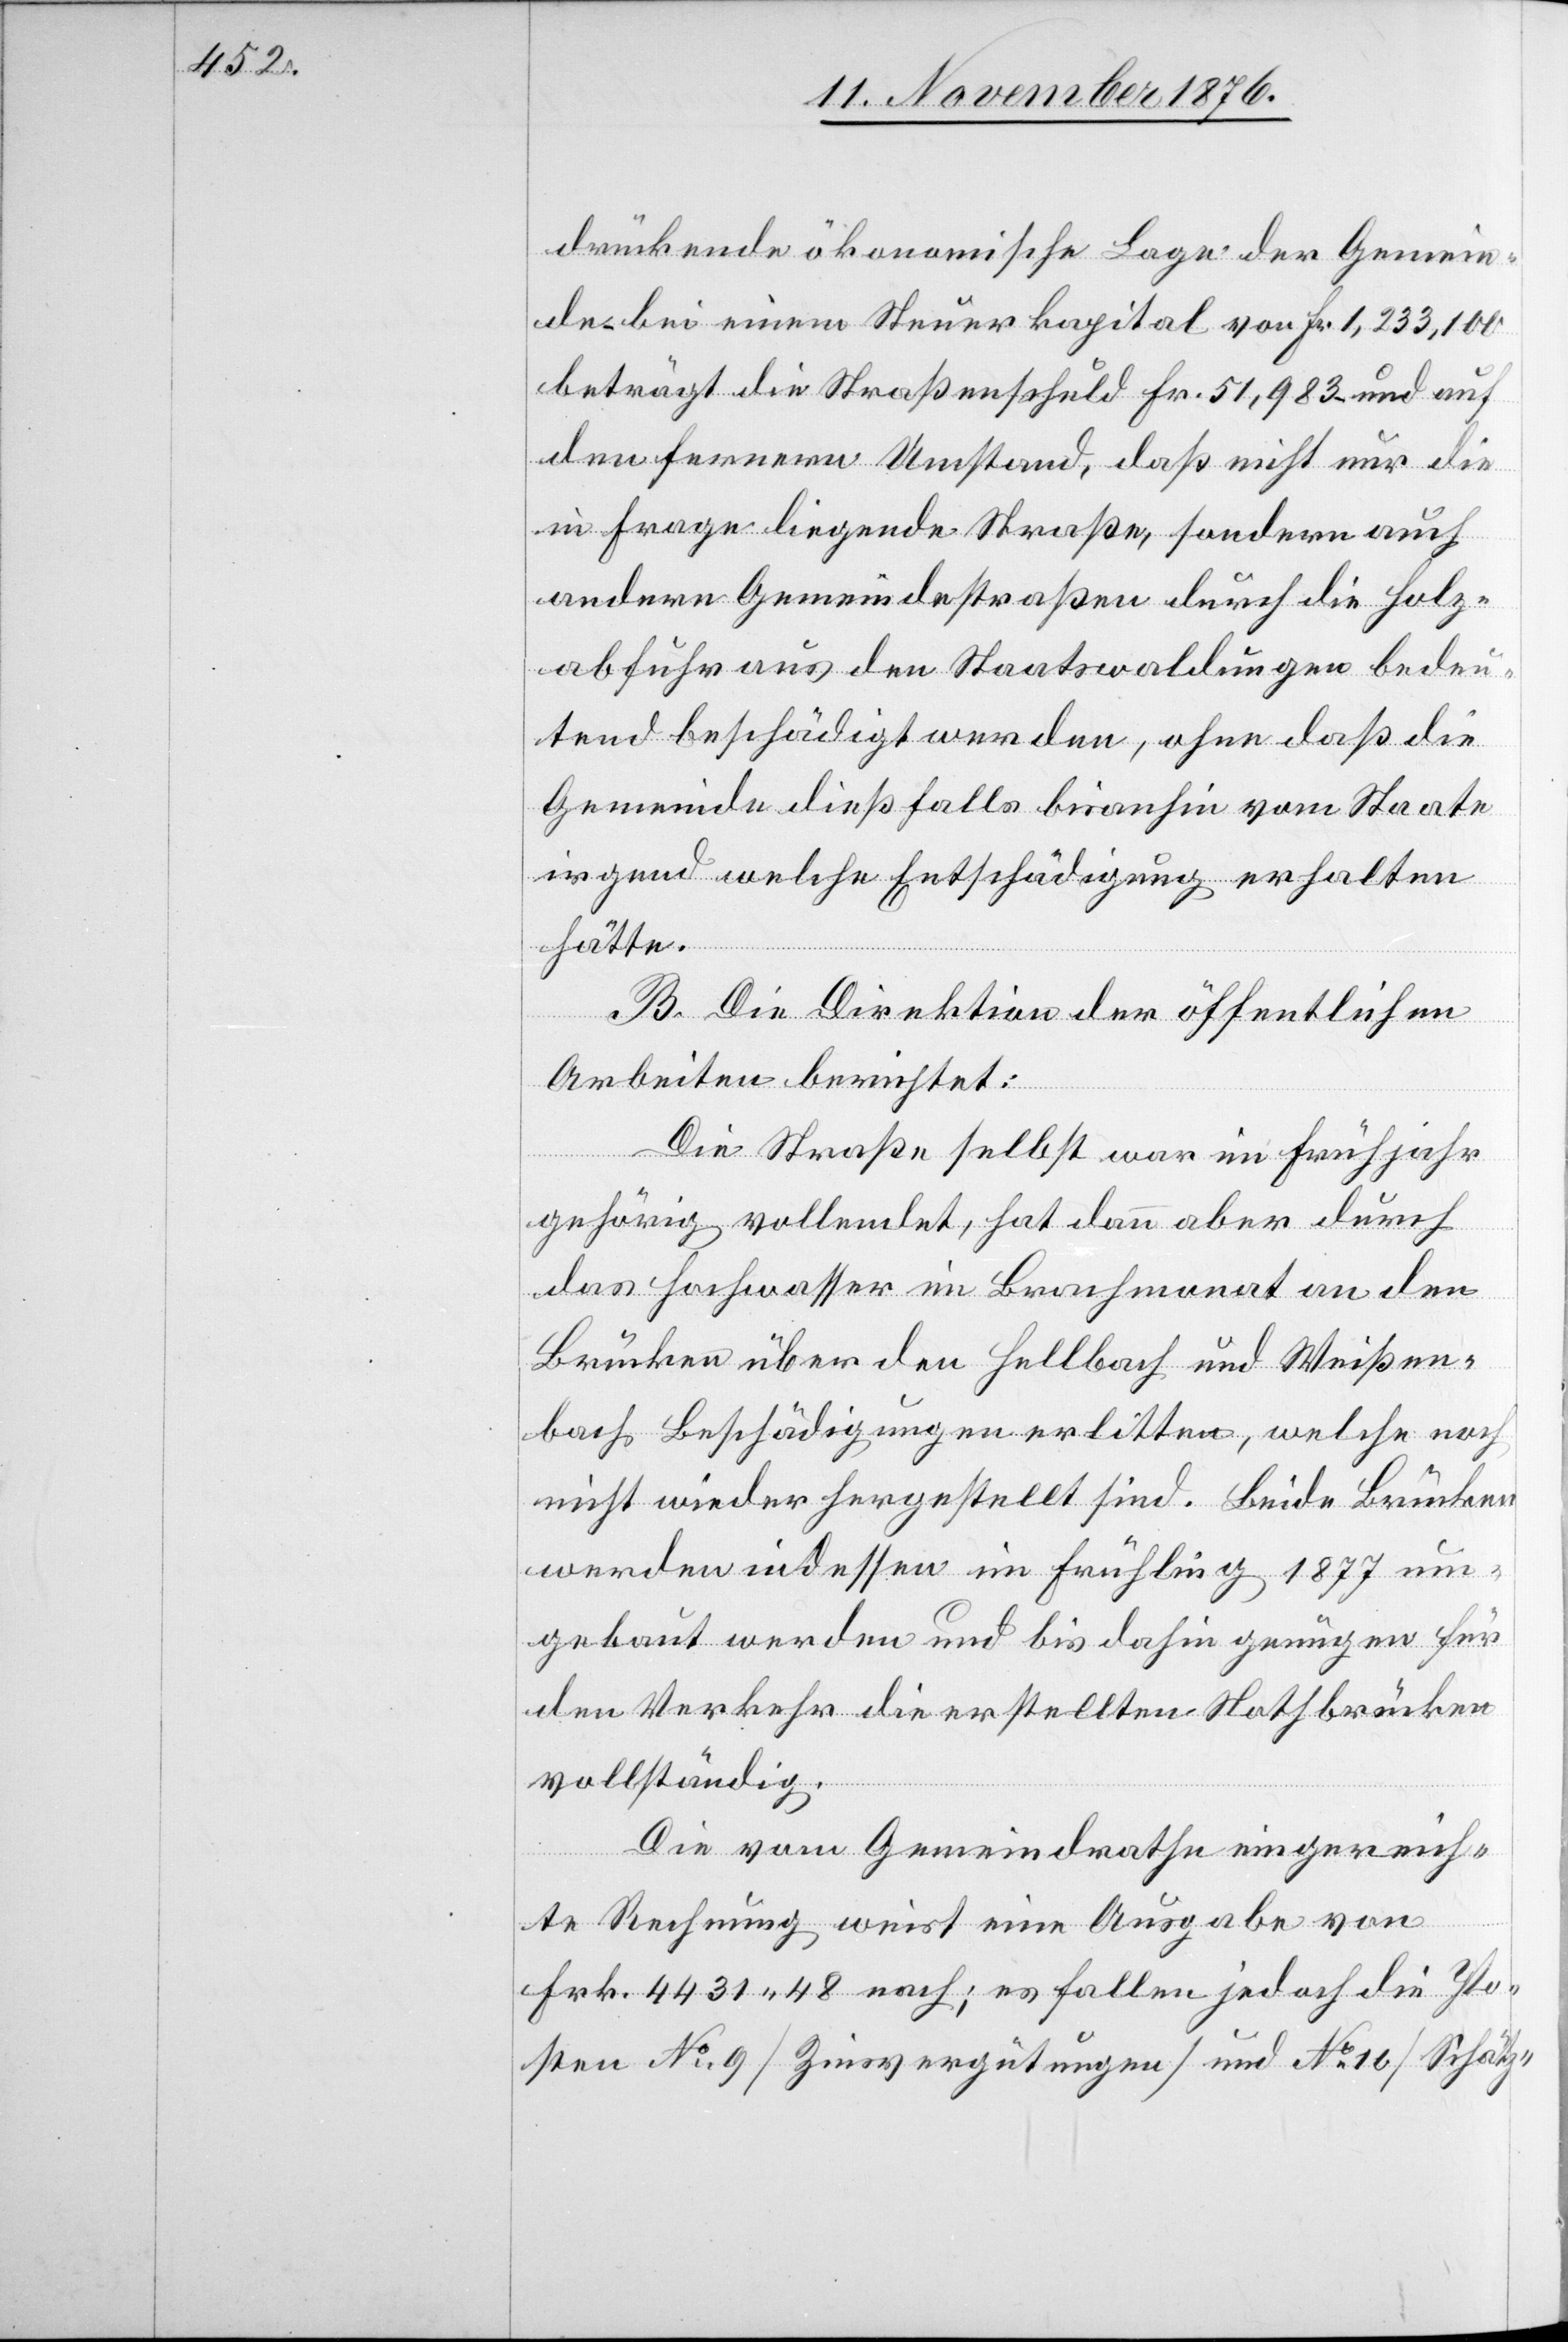
drückende ökonomische Lage der Gemein¬
den – bei einem Steuerkapital von Fr. 1,233,100
beträgt die Straßenschuld Fr. 51,983 – und auf
den fernern Umstand, daß nicht nur die
in Frage liegende Straße, sondern auch
andere Gemeindestraßen durch die Holz¬
abfuhr aus den Staatswaldungen bedeu¬
tend beschädigt werden, ohne daß die
Gemeinde dießfalls bisanhin vom Staate
irgend welche Entschädigung erhalten
hätte.
B. Die Direktion der öffentlichen
Arbeiten berichtet:
Die Straße selbst war im Frühjahr
gehörig vollendet, hat dann aber durch
das Hochwasser im Brachmonat an den
Brücken über den Hellbach und Weißen¬
bach Beschädigungen erlitten, welche noch
nicht wieder hergestellt sind. Beide Brücken
werden indessen im Frühling 1877 um¬
gebaut werden und bis dahin genügen für
den Verkehr die erstellten Nothbrücken
vollständig.
Die vom Gemeindrathe eingereich¬
te Rechnung weist eine Ausgabe von
Frk. 4431 48 nach; es fallen jedoch die Po¬
sten No 9 [Zinsvergütungen] und No 10 [Schätz-